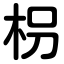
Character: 枴